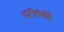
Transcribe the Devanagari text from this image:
८१०४